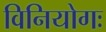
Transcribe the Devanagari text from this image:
विनियोगः